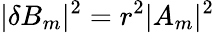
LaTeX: |\delta B_{m}|^{2}=r^{2}|A_{m}|^{2}